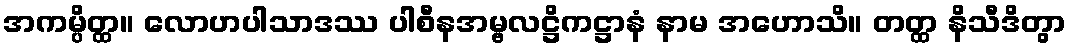
အကမ္ပိတ္ထ။ လောဟပါသာဒဿ ပါစီနအမ္ဗလဋ္ဌိကဋ္ဌာနံ နာမ အဟောသိ။ တတ္ထ နိသီဒိတွာ